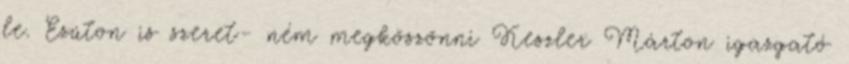
le. Ezúton is szeret- ném megköszönni Keszler Márton igazgató